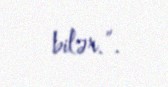
bilər.”.